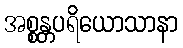
အစ္စန္တပရိယောသာနာ